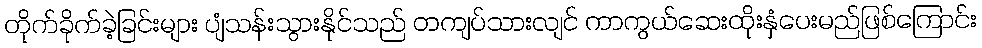
တိုက်ခိုက်ခဲ့ခြင်းများ ပျံသန်းသွားနိုင်သည် တကျပ်သားလျင် ကာကွယ်ဆေးထိုးနှံပေးမည်ဖြစ်ကြောင်း